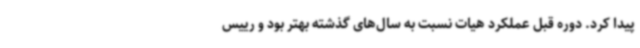
پیدا کرد. دوره قبل عملکرد هیات نسبت به سال‌های گذشته بهتر بود و رییس